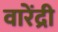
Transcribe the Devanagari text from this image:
वारेंद्री